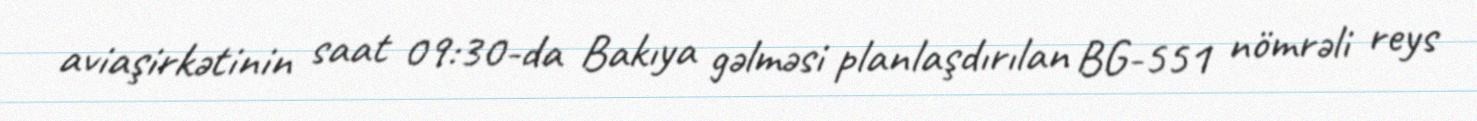
aviaşirkətinin saat 09:30-da Bakıya gəlməsi planlaşdırılan BG-551 nömrəli reys